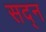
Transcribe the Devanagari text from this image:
सद्न